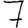
Digit: 7